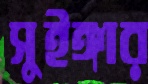
সুইঙ্গার